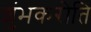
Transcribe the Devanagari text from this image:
शुंभकरोति